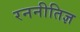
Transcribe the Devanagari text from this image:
रननीतिज्ञ